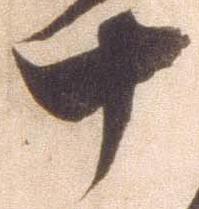
十